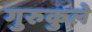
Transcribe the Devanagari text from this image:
गुरुकुले